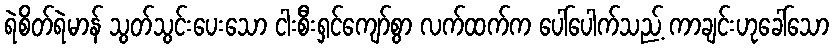
ရဲစိတ်ရဲမာန် သွတ်သွင်းပေးသော ငါးစီးရှင်ကျော်စွာ လက်ထက်က ပေါ်ပေါက်သည့် ကာချင်းဟုခေါ်သော